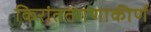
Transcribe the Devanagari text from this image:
किरांततंगणाकीर्ण